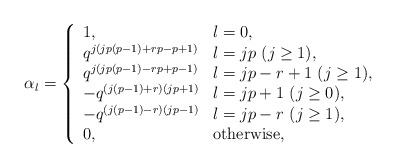
\begin{align*}\alpha_l = \left\{\begin{array}{ll}1, & l=0, \\q^{j(jp(p-1)+rp-p+1)}& l=jp ~(j \geq 1), \\q^{j(jp(p-1)-rp+p-1)}& l=jp-r+1 ~(j \geq 1), \\-q^{(j(p-1)+r)(jp+1)}& l=jp +1 ~(j \geq 0), \\-q^{(j(p-1)-r)(jp-1)}& l=jp-r ~(j\geq 1), \\0, & \mbox{otherwise},\end{array} \right.\end{align*}